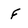
Character: f